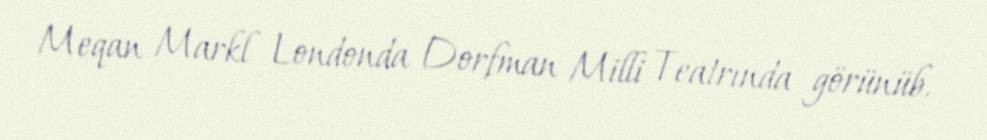
Meqan Markl Londonda Dorfman Milli Teatrında görünüb.